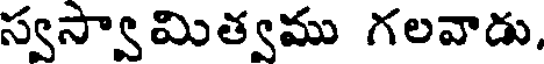
స్వస్వామిత్వము గలవాడు,